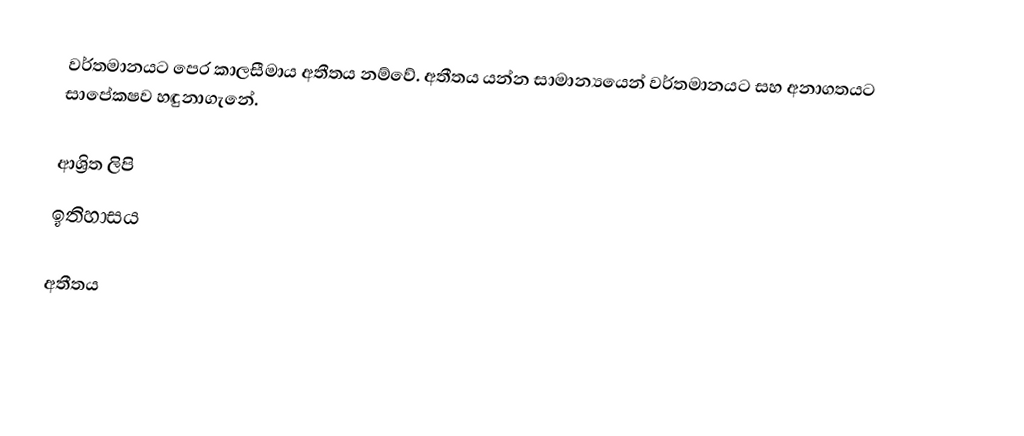
වර්තමානයට පෙර කාලසීමාය අතීතය නම්වේ. අතීතය යන්න සාමාන්‍යයෙන් වර්තමානයට සහ අනාගතයට සාපේකෂව හඳුනාගැනේ.

ආශ්‍රිත ලිපි
 ඉතිහාසය

අතීතය